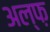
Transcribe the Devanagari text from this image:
अल्फ़